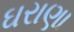
ઘરાણા